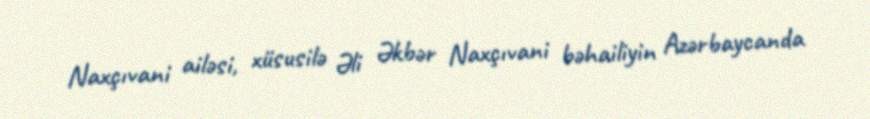
Naxçıvani ailəsi, xüsusilə Əli Əkbər Naxçıvani bəhailiyin Azərbaycanda